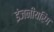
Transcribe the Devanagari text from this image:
इंजनीयरिंग